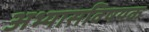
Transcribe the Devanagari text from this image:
अभ्यासविषयक